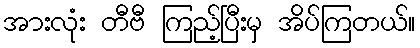
အားလုံး တီဗီ ကြည့်ပြီးမှ အိပ်ကြတယ်။